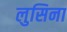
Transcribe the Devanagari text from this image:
लुसिना